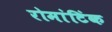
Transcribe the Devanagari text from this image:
रोमांटिंक